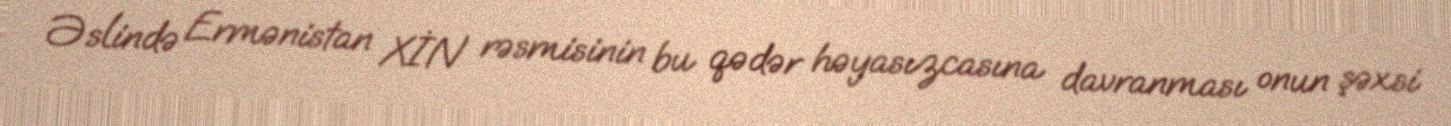
Əslində Ermənistan XİN rəsmisinin bu qədər həyasızcasına davranması onun şəxsi